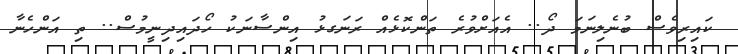
ކައިރިވެސް ބުނެލިނަމަ ދޯ.. އެއަށްވުރެ ތަންކޮޅެއް ރަނަގޅު އިންސާނަކު ހޯދައިދިނީމުސް.. ތި އަންހެނާ